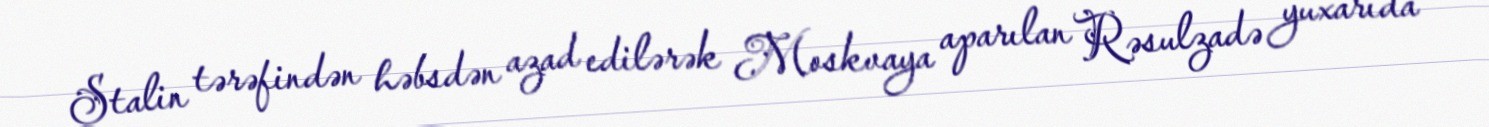
Stalin tərəfindən həbsdən azad edilərək Moskvaya aparılan Rəsulzadə yuxarıda